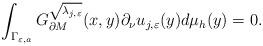
LaTeX: \begin{align*}\int_{\Gamma_{\varepsilon, a}} G_{\partial M}^{\sqrt{\lambda_{j,\varepsilon}}}(x,y) \partial_{\nu} u_{j,\varepsilon}(y)d\mu_h(y) = 0.\end{align*}